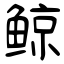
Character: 鲸